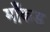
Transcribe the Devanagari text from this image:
माँकड़